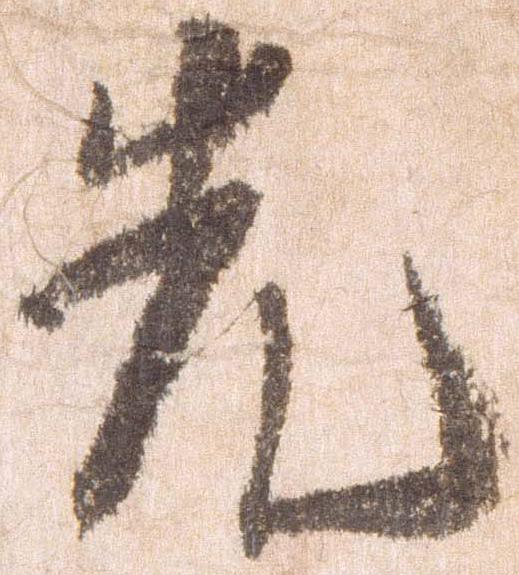
先